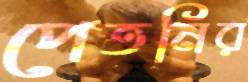
পেতনির